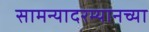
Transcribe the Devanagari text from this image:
सामन्यादरम्यानच्या